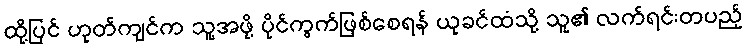
ထို့ပြင် ဟုတ်ကျင်က သူ့အဖို့ ပိုင်ကွက်ဖြစ်စေရန် ယုခင်ထံသို့ သူ၏ လက်ရင်းတပည့်